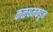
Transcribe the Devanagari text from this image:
कळघमकडून